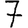
Digit: 7